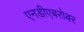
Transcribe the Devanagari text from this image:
एनडीएबरोबर